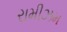
રામીઝમ